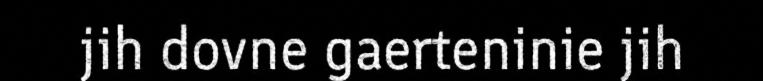
jih dovne gaerteninie jih